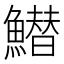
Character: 䲋